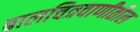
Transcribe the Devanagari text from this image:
बालचित्रवाणीतील